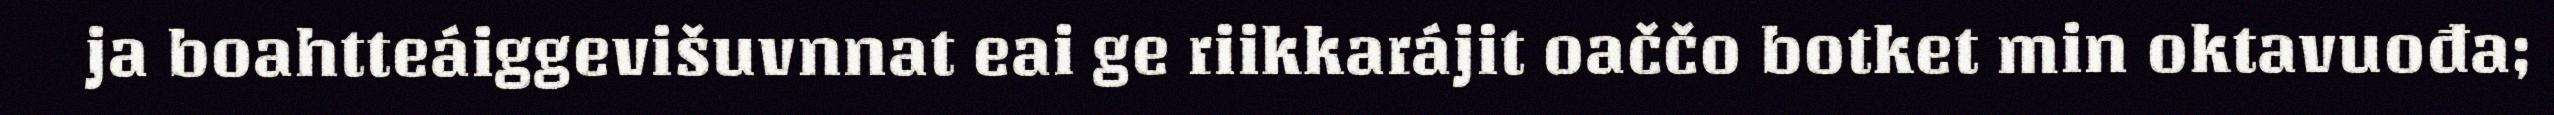
ja boahtteáiggevišuvnnat eai ge riikkarájit oaččo botket min oktavuođa;